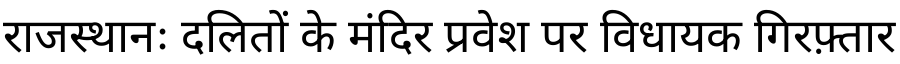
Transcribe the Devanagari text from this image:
राजस्थानः दलितों के मंदिर प्रवेश पर विधायक गिरफ़्तार